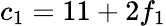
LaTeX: c_{1}=11+2f_{1}